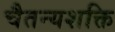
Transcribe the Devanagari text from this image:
चैतन्यशक्ति